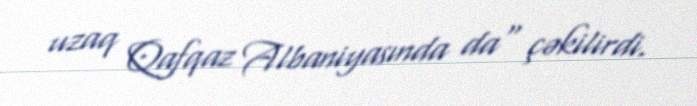
uzaq Qafqaz Albaniyasında da" çəkilirdi.